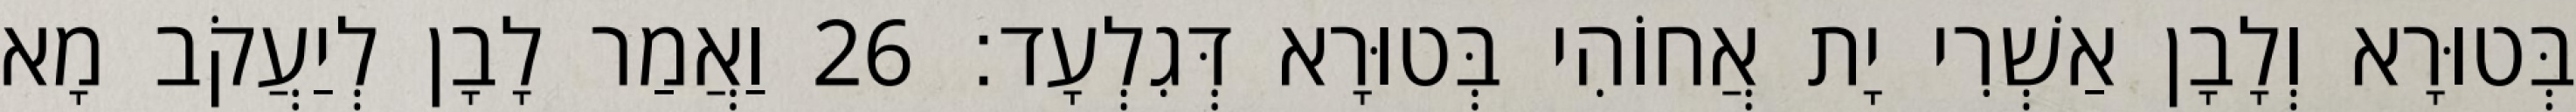
בְּטוּרָא וְלָבָן אַשְׁרִי יָת אֲחוֹהִי בְּטוּרָא דְּגִלְעָד׃ 26 וַאֲמַר לָבָן לְיַעֲקֹב מָא